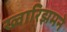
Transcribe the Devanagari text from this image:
ख्वारिझमने